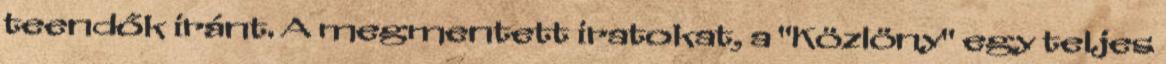
teendők iránt. A megmentett iratokat, a "Közlöny" egy teljes